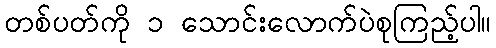
တစ်ပတ်ကို ၁ သောင်းလောက်ပဲစုကြည့်ပါ။